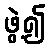
ဖွဲ့၍